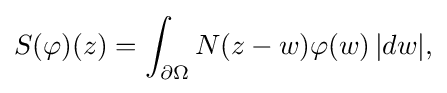
\displaystyle {S(\varphi )(z)=\int _{\partial \Omega }N(z-w)\varphi (w)\,|dw|,}